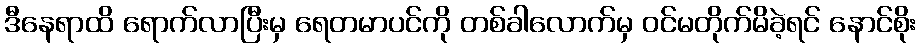
ဒီနေရာထိ ရောက်လာပြီးမှ ရေတမာပင်ကို တစ်ခါလောက်မှ ဝင်မတိုက်မိခဲ့ရင် နောင်စိုး